Bréfritari: Benedikt Hálfdanarson
Dagsetning: A-1881-04-12
Skrifað á: Vesturheimi

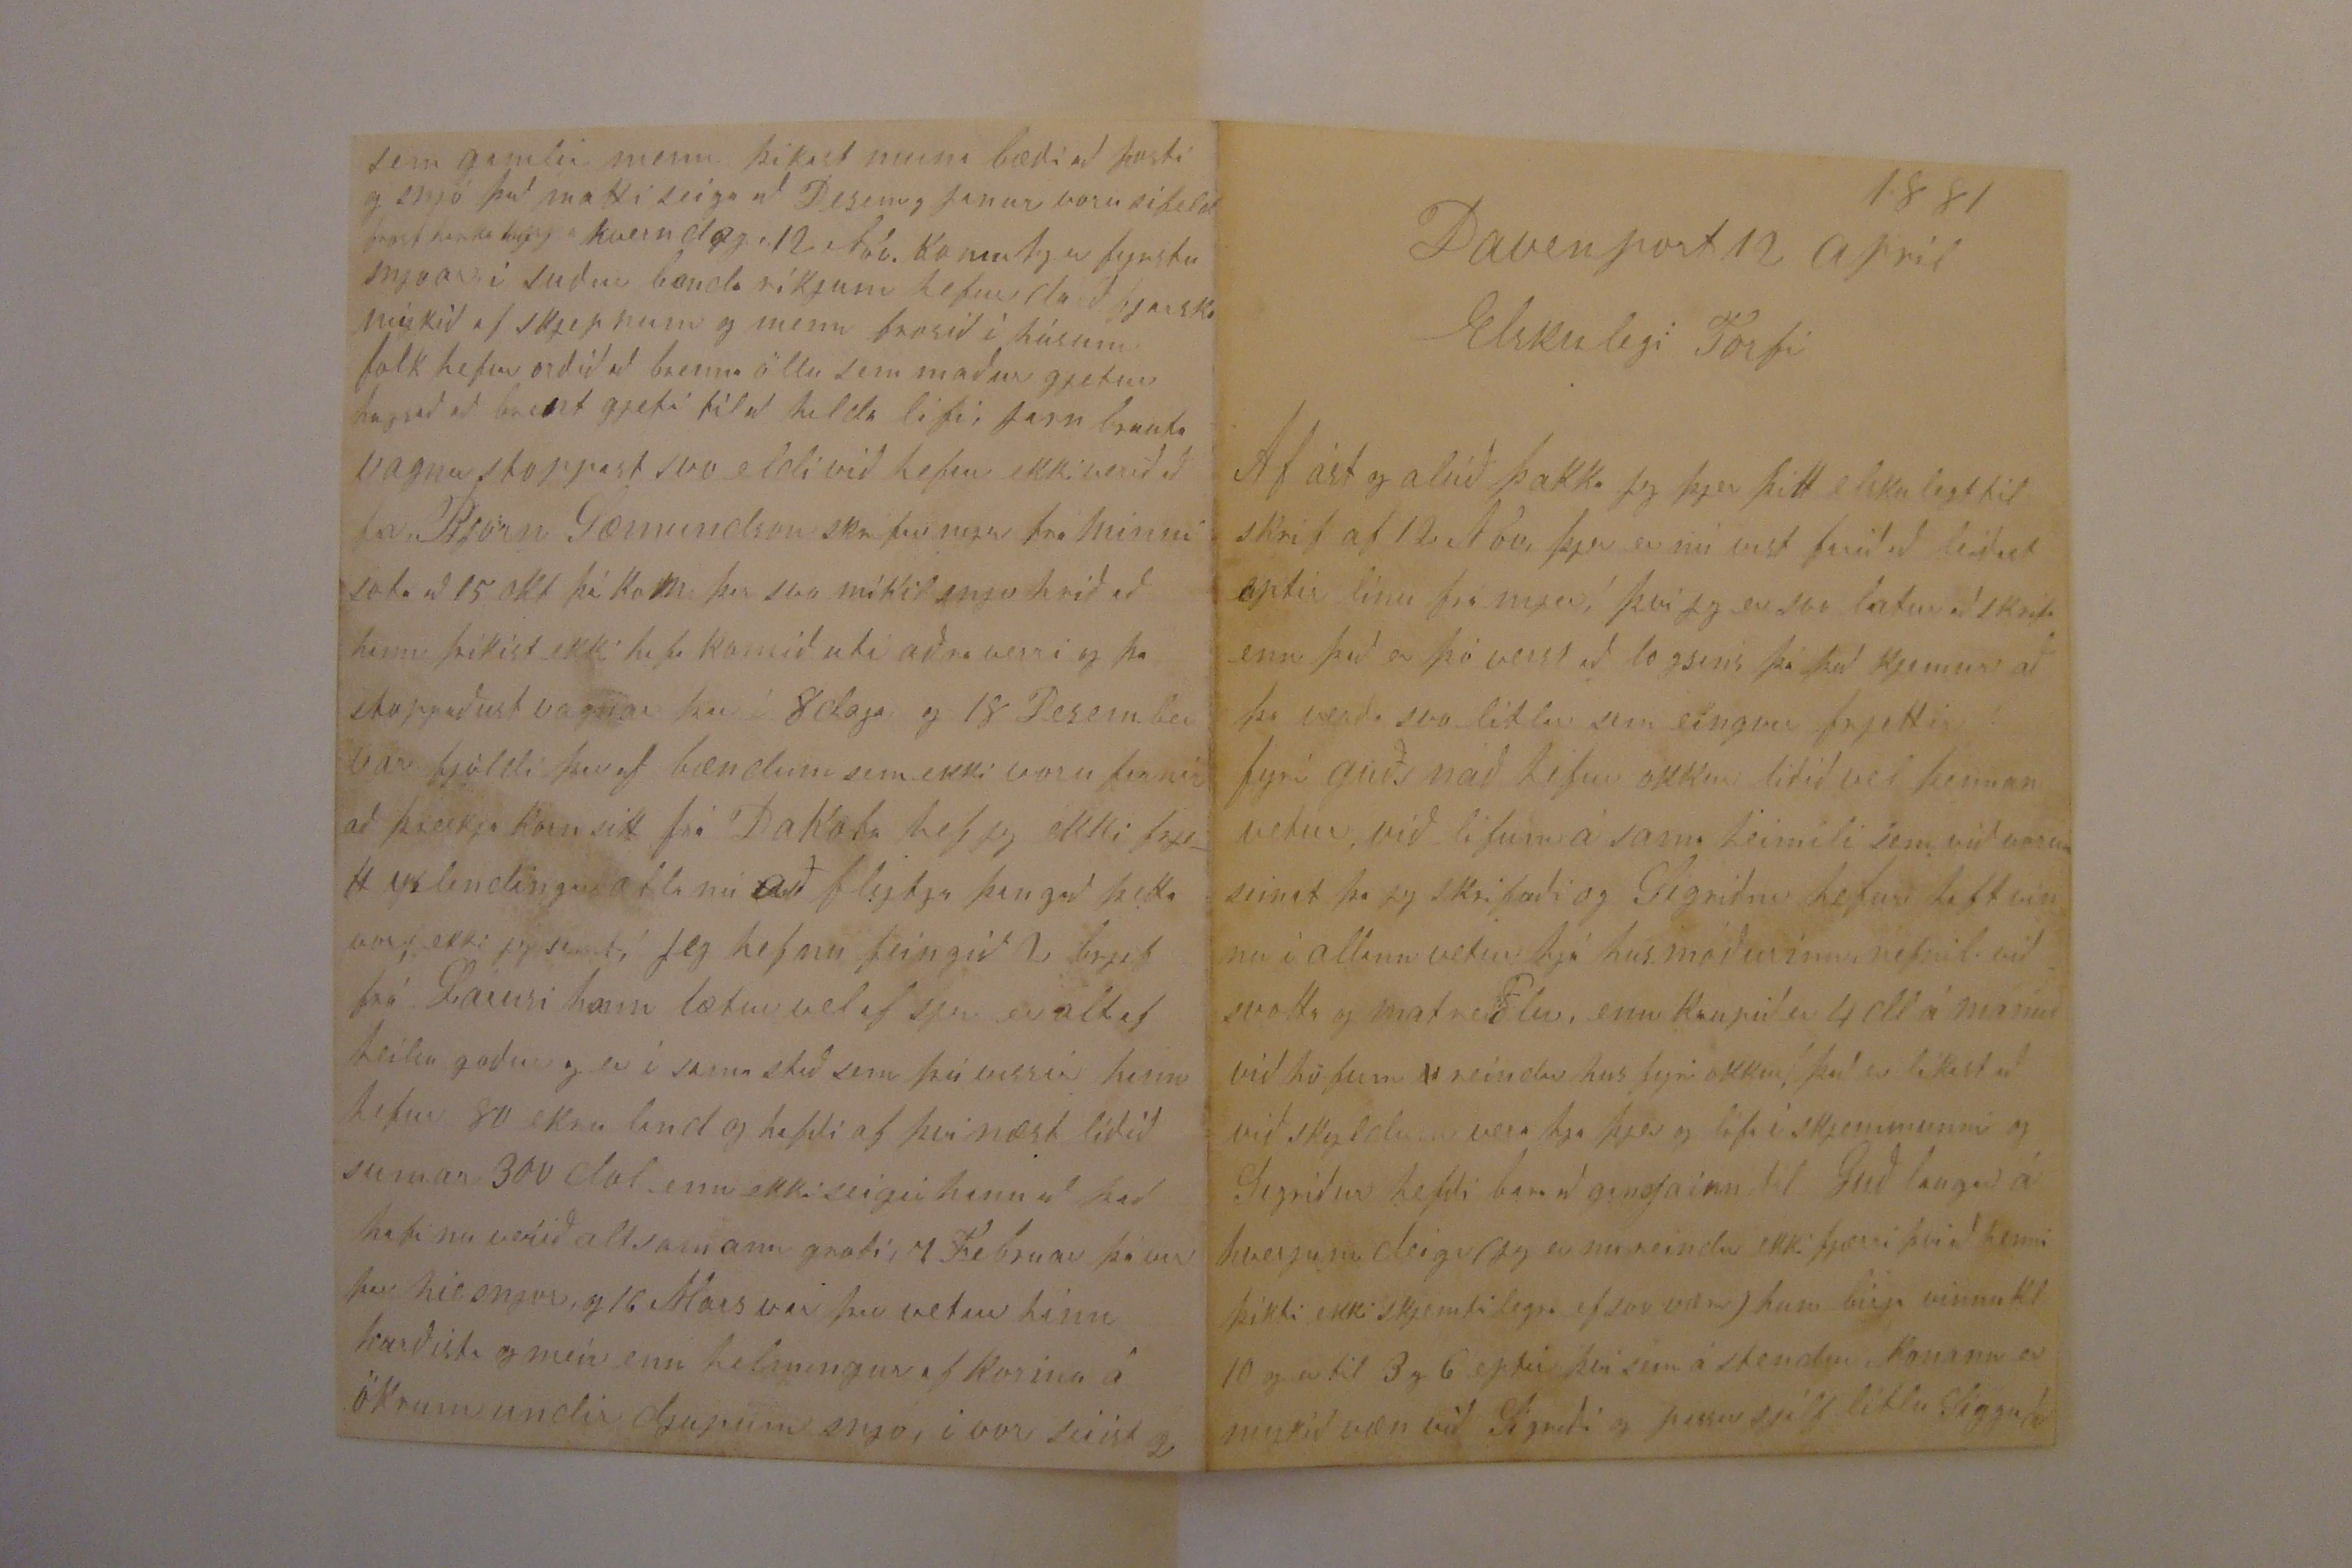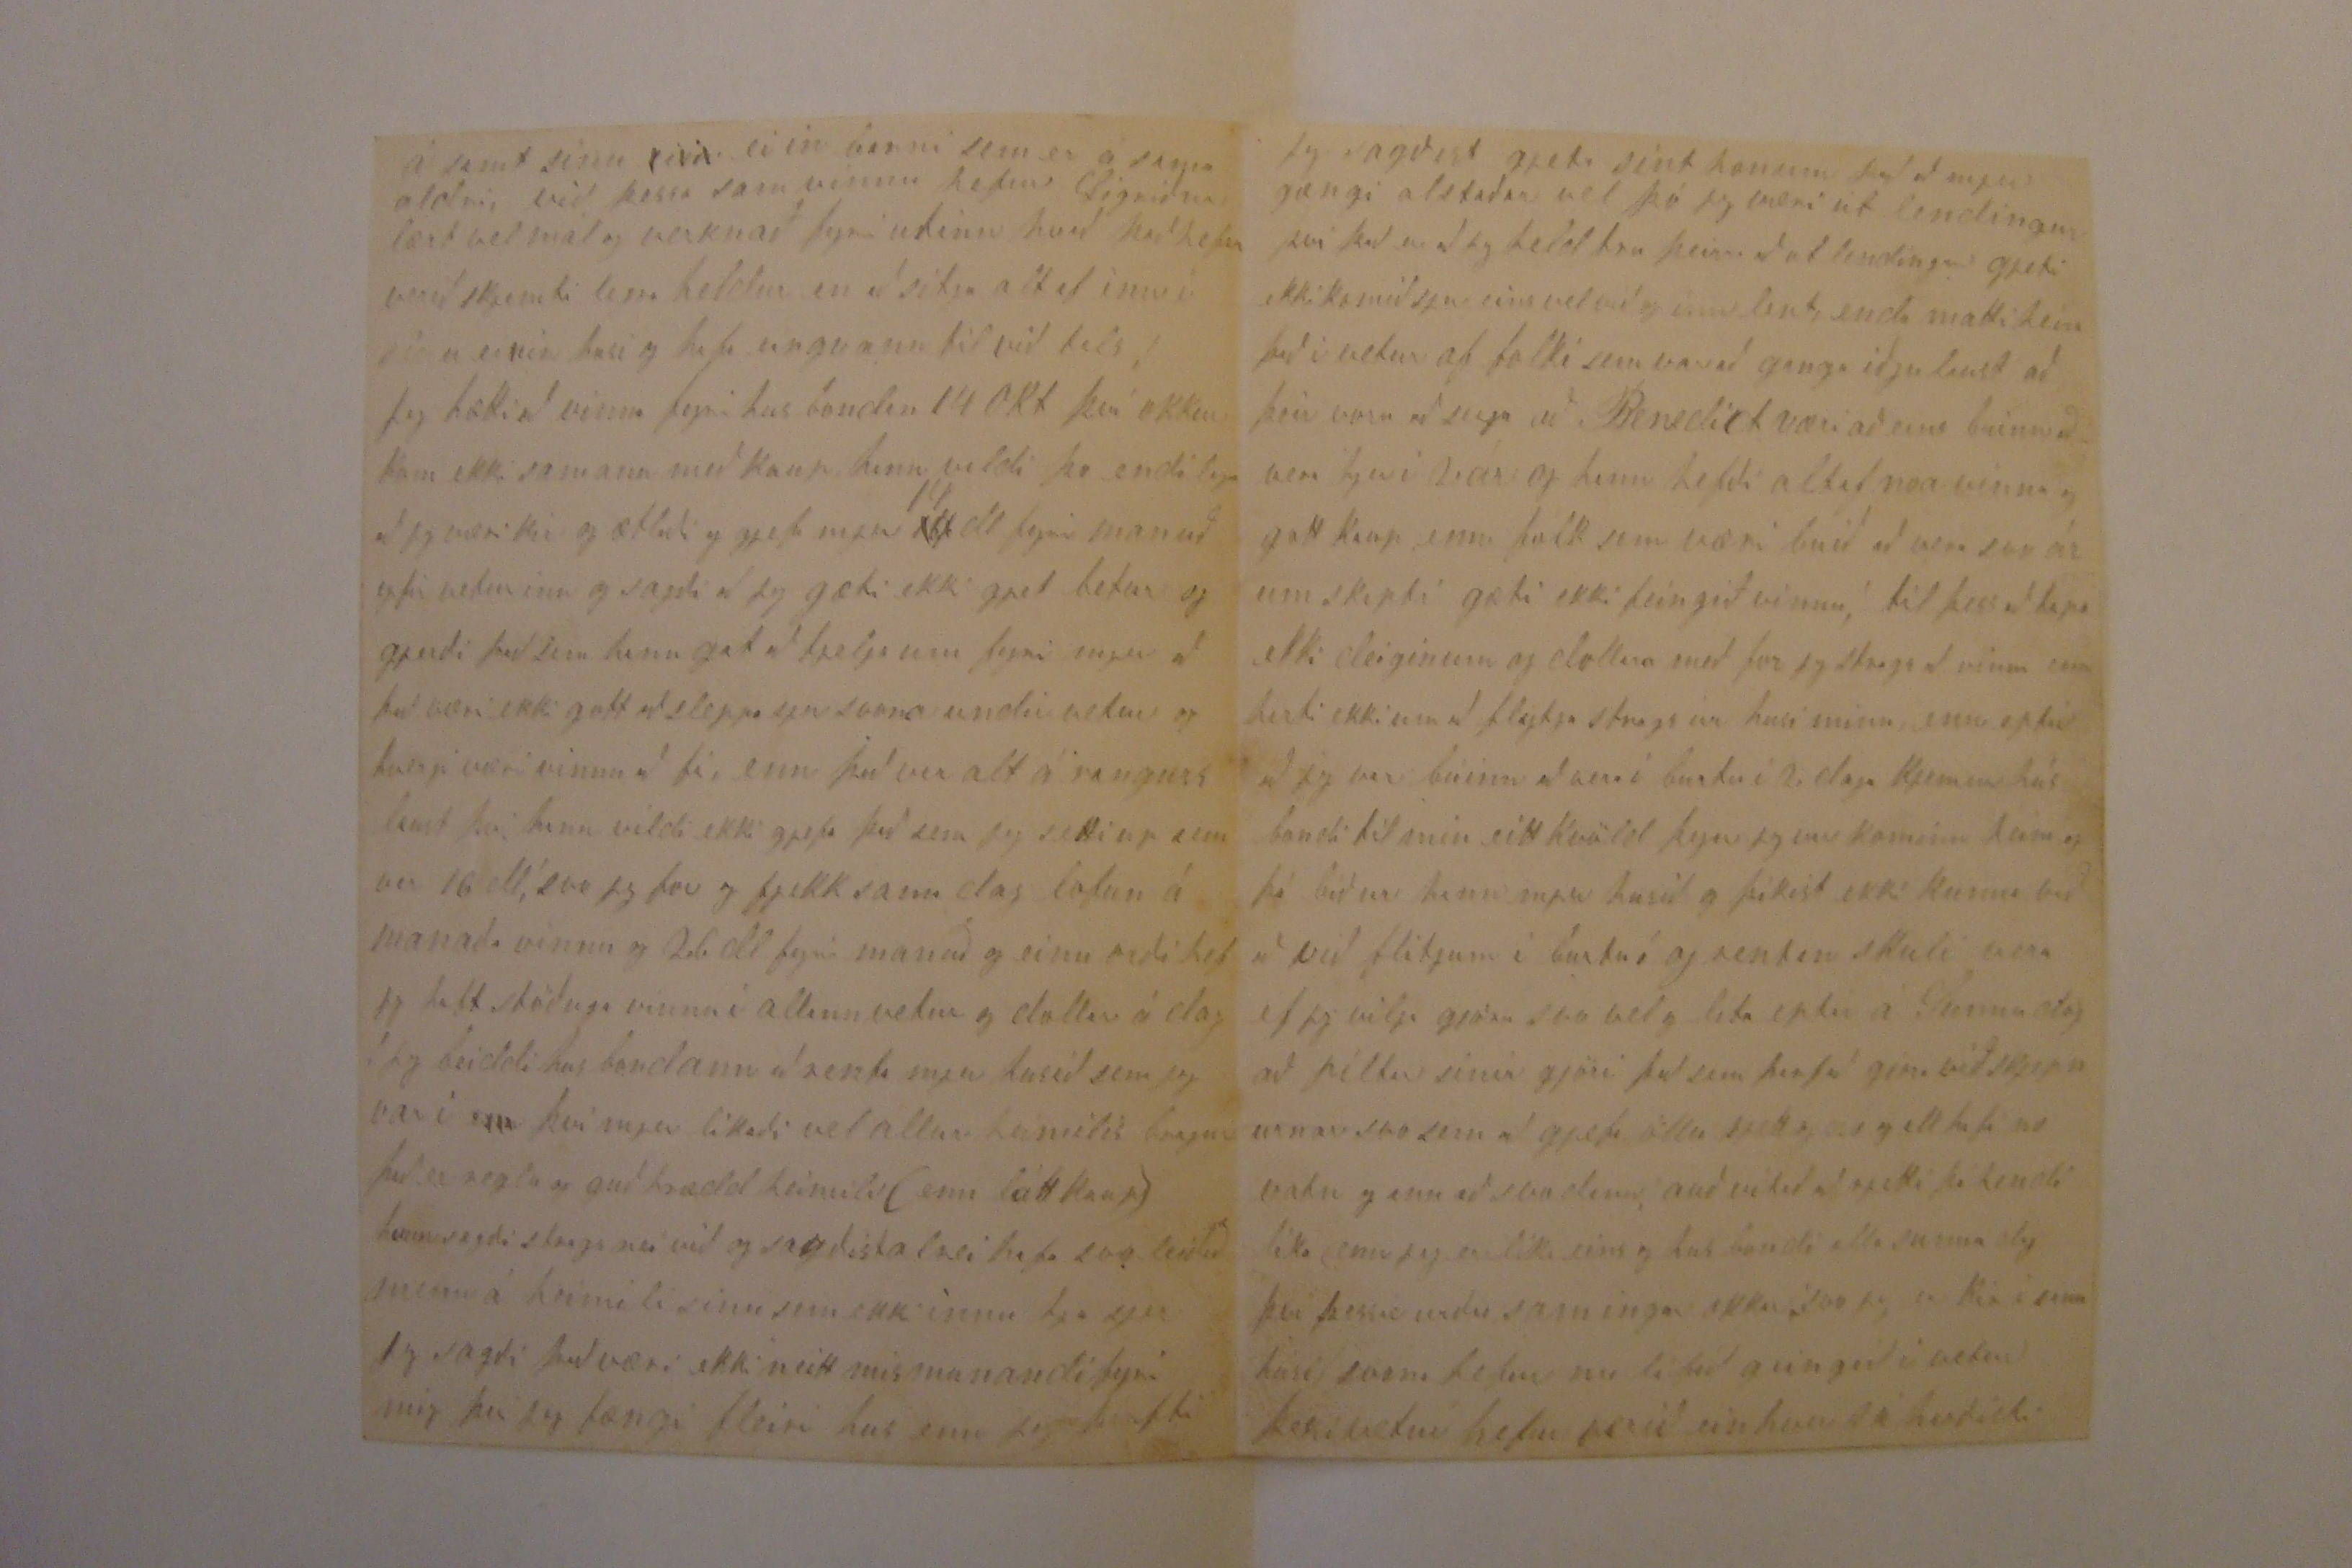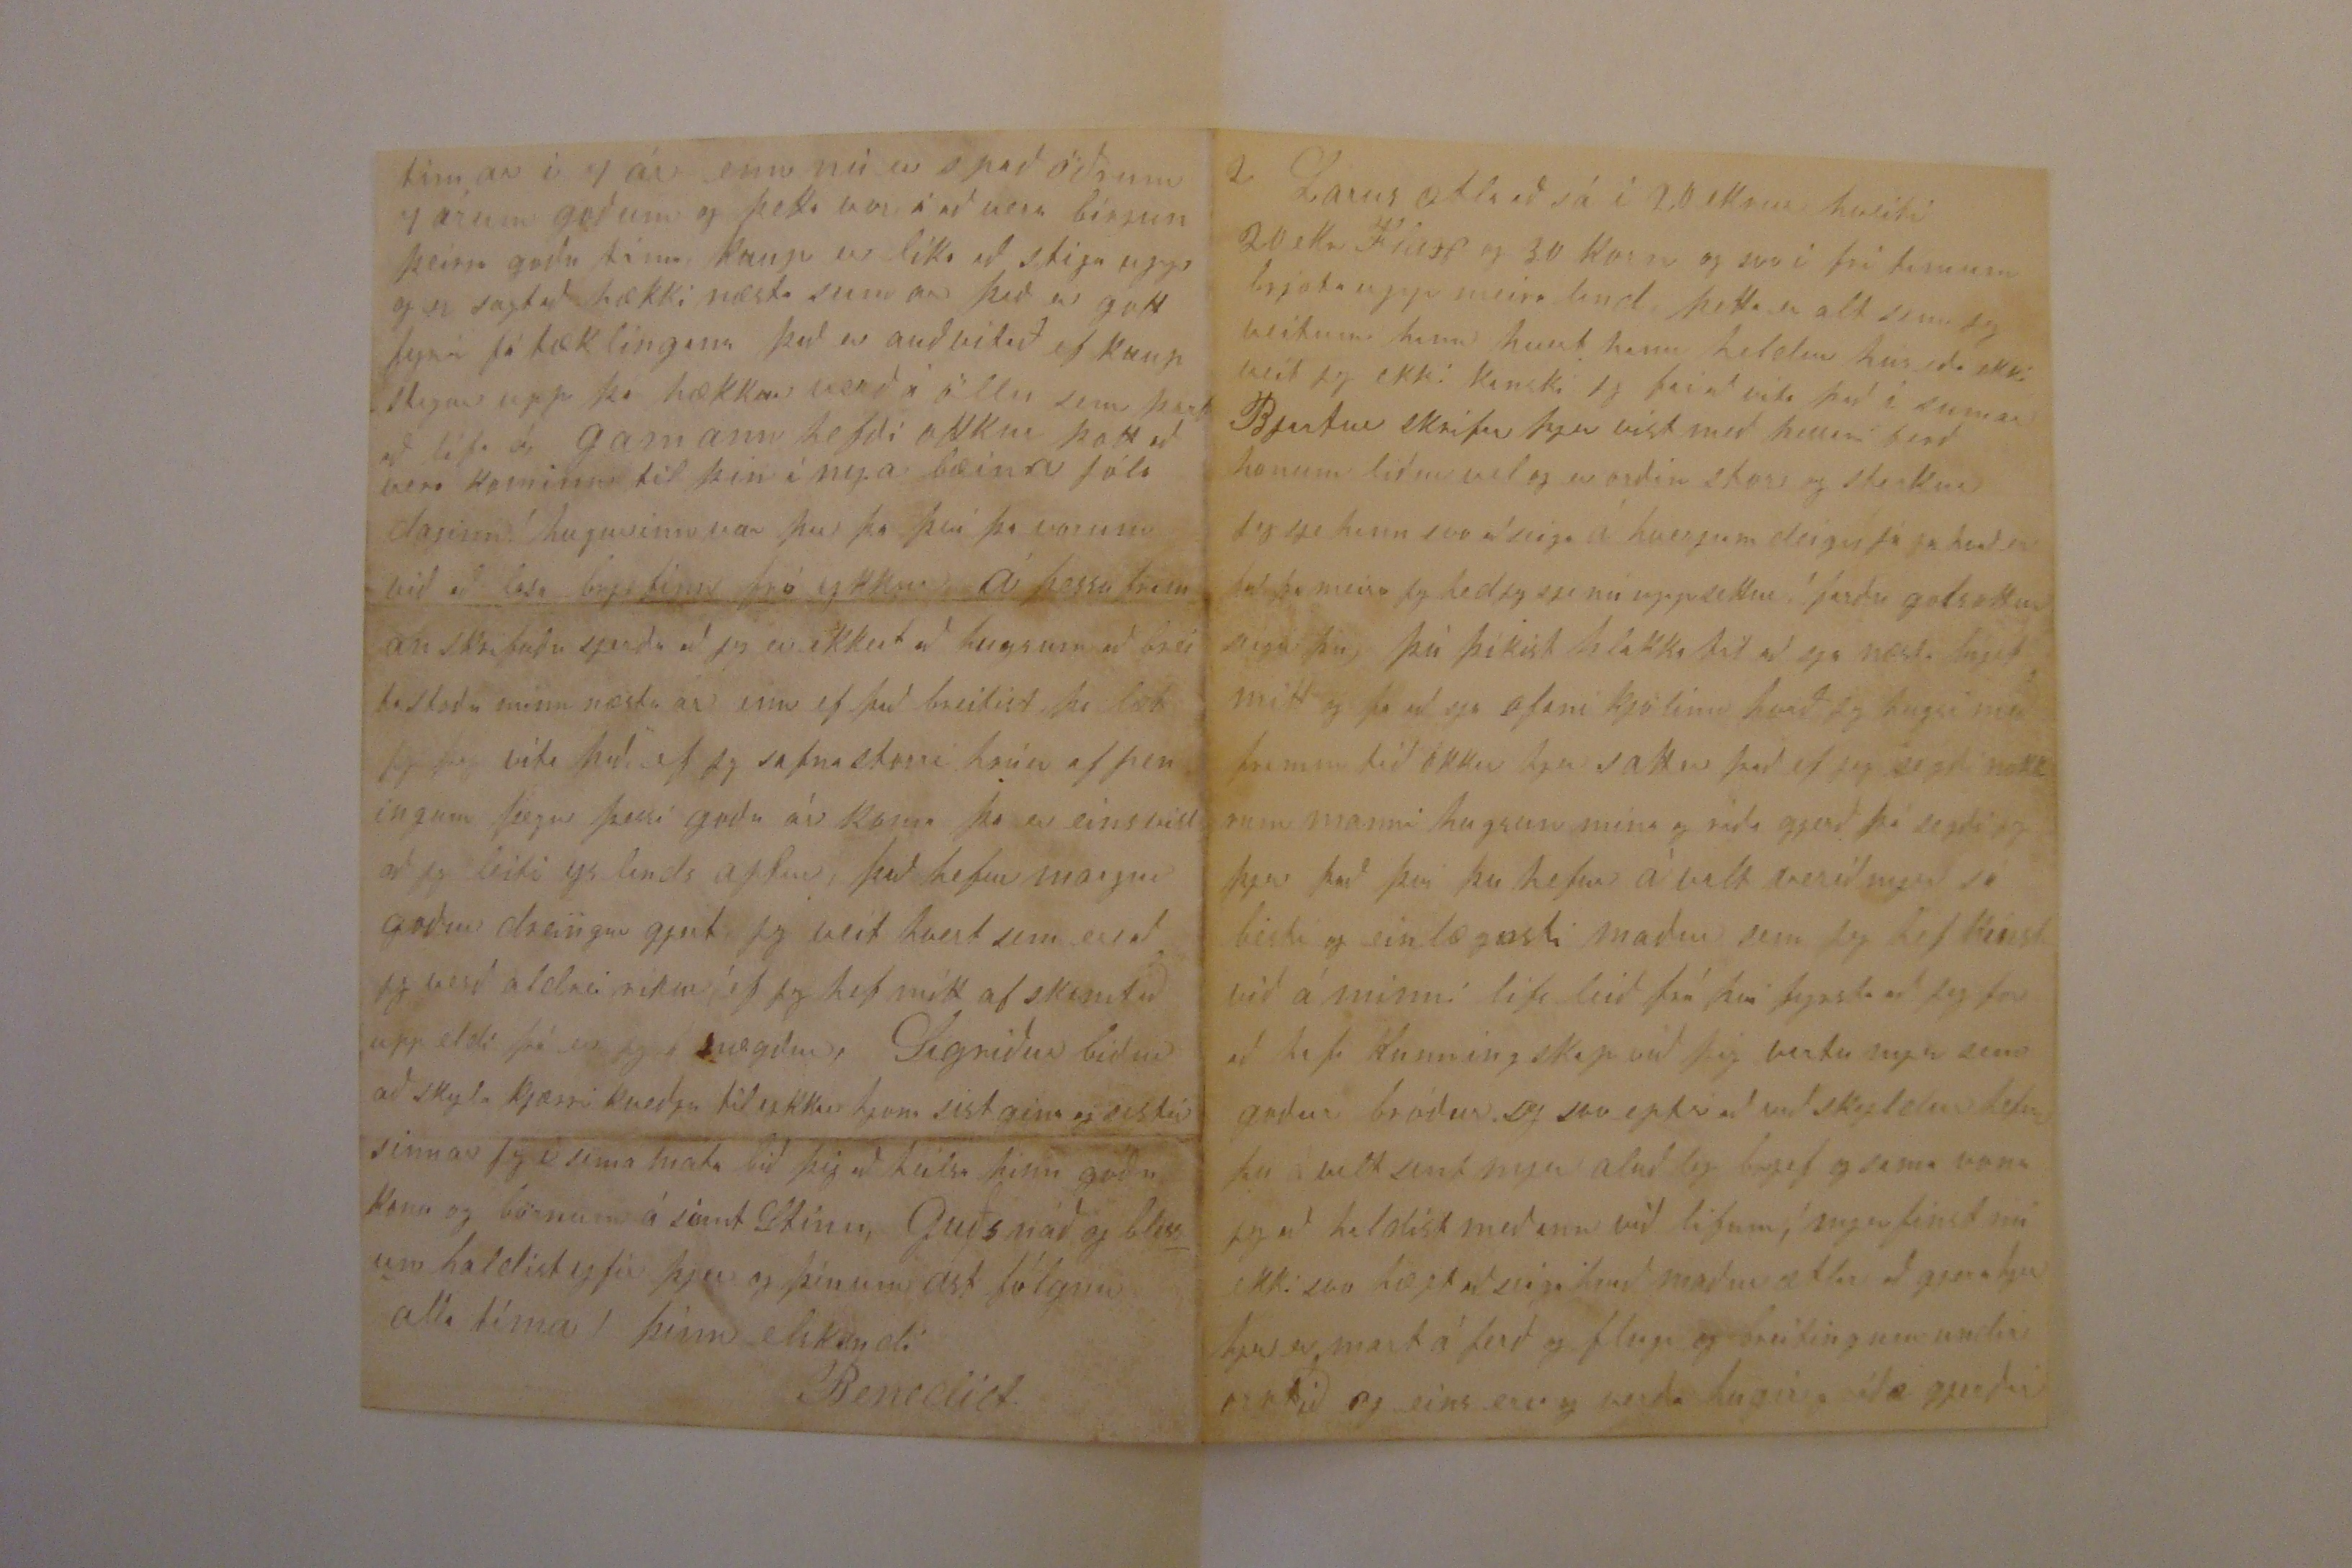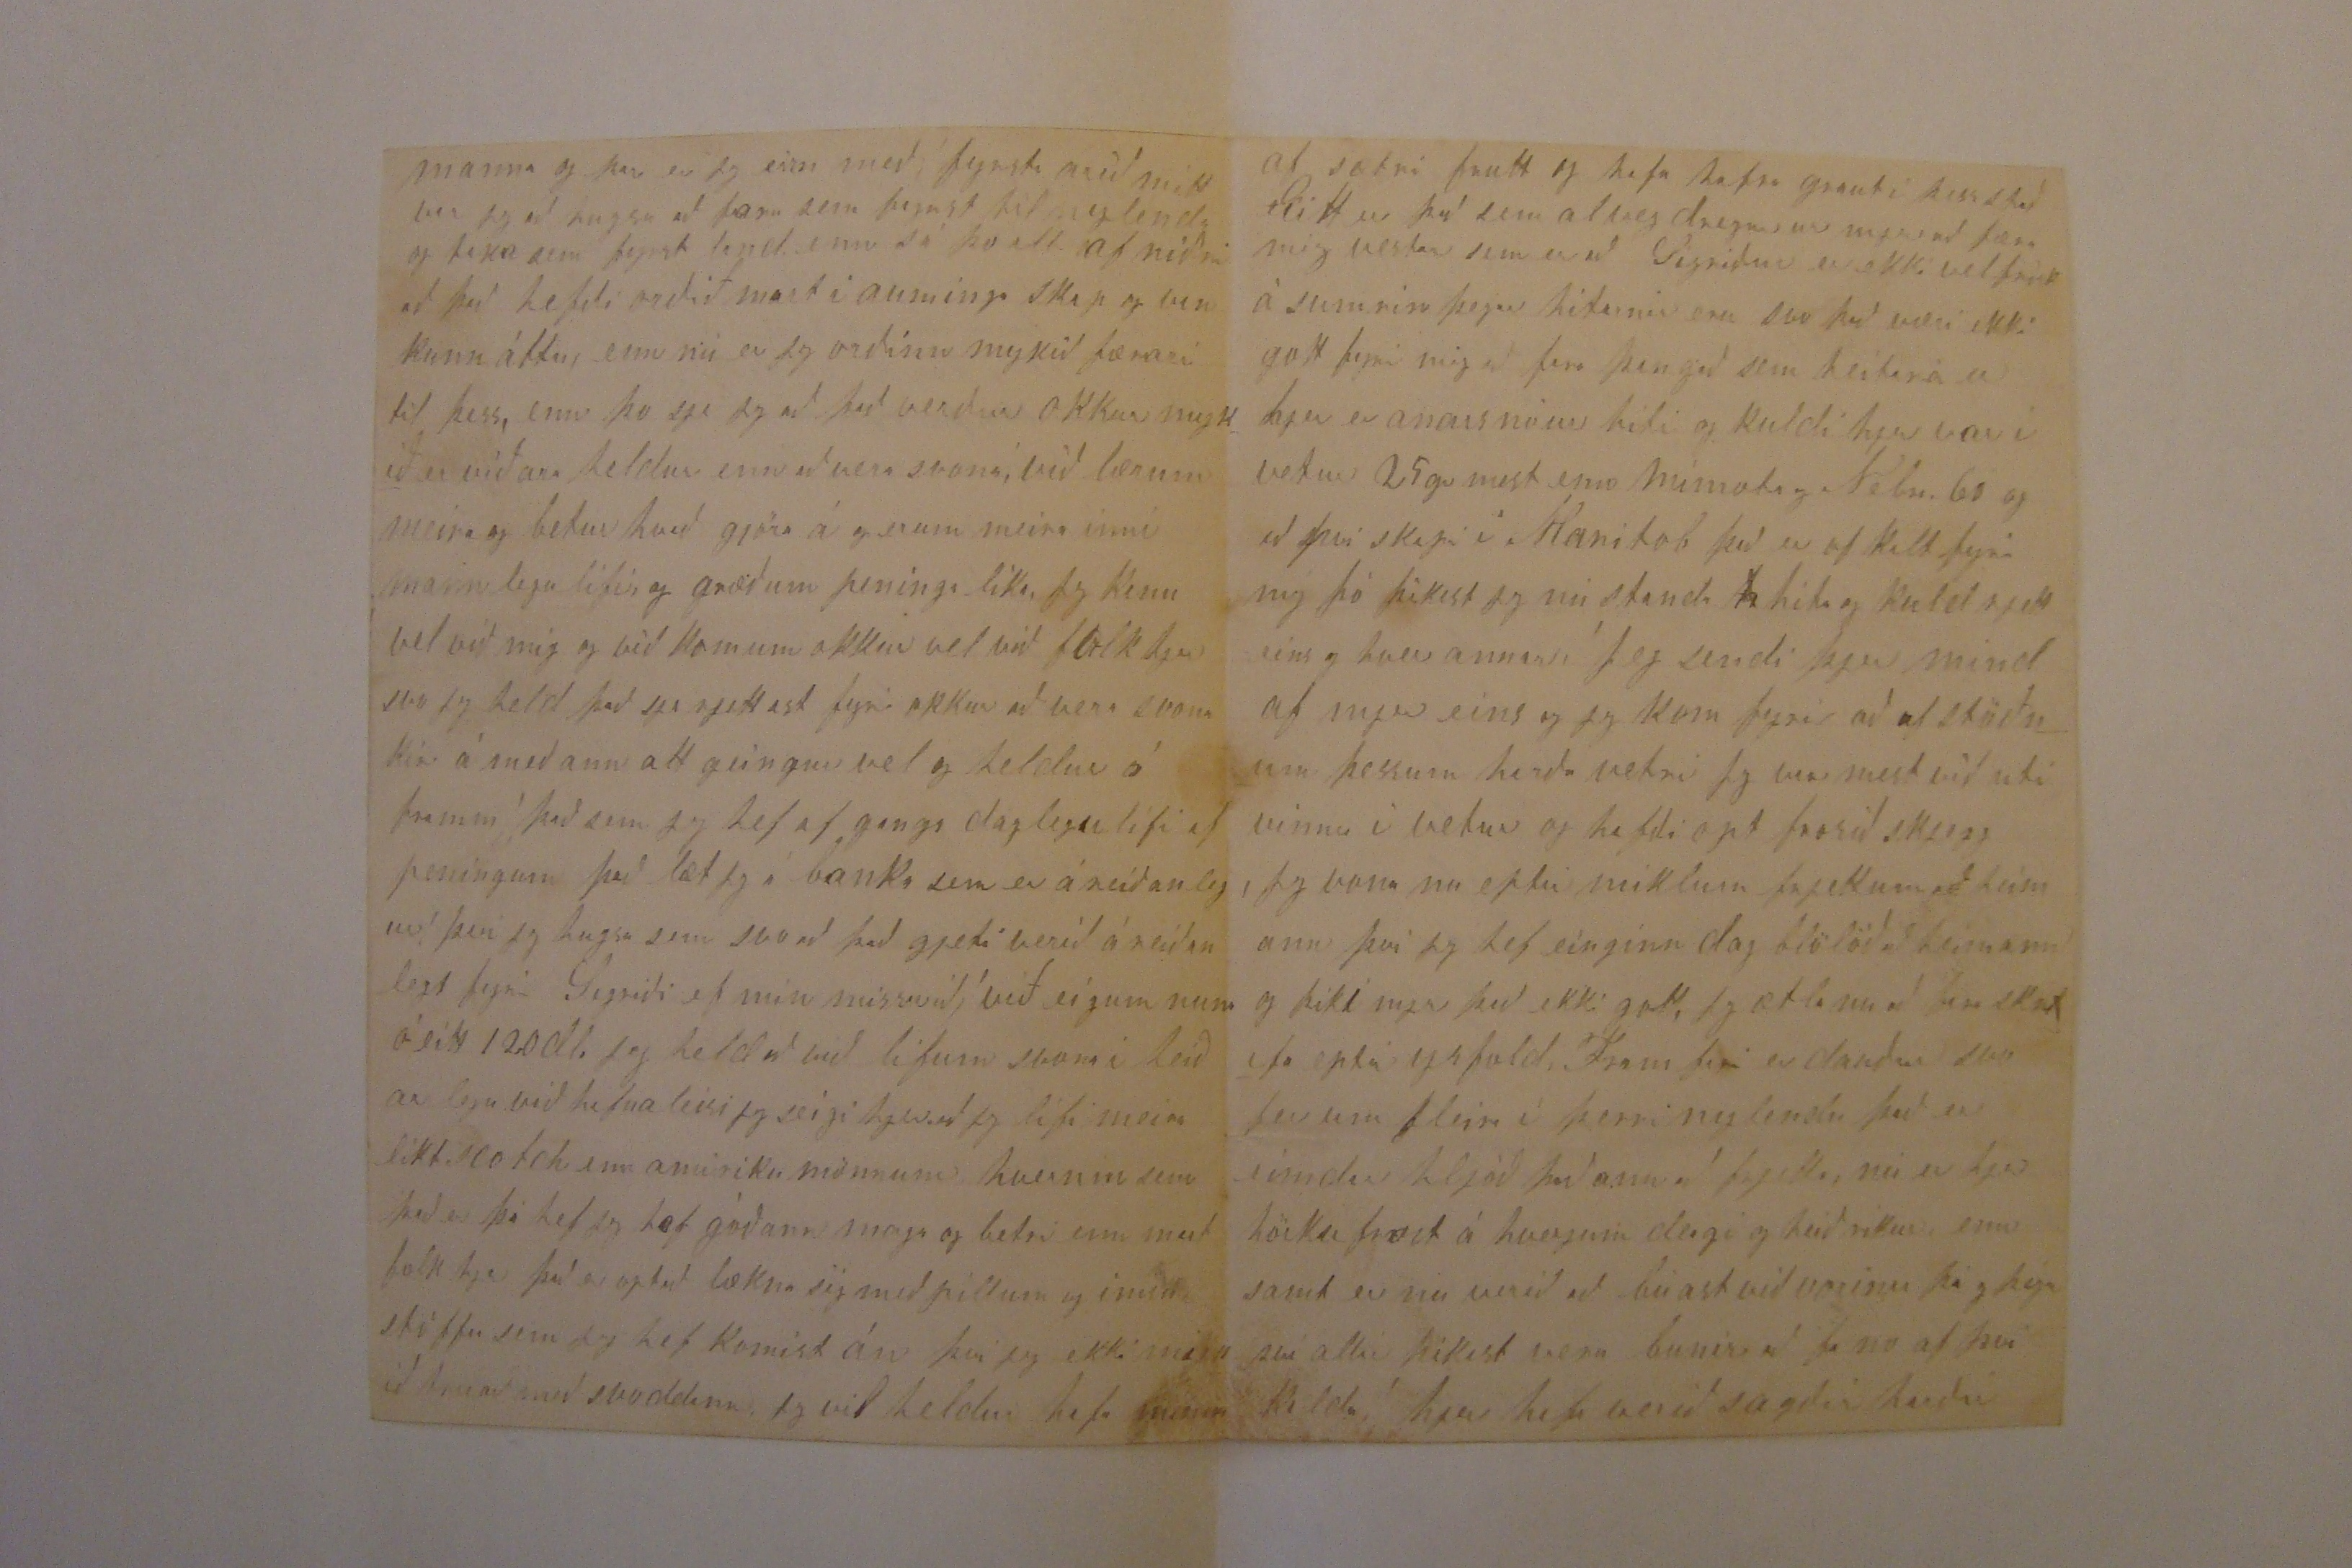

1881
Davenport 12 apríl
Elskulegi Torfi
Af ást og alúð þakka jeg þjer þitt elskulegt til skrif af 12 Nov. þjer er nú vist farið að leiðast eptir línu frá mjer, því jeg er svo latur að skrifa enn það er þó verst að logsins þá það kjemur að þa verða svo litlar sem eingvar frjettir fyrir guðs náð hefur okkur liðið vel þennan vetur, við lifum á sama heimili sem við vorum seinast þa jeg skrifaði og Sigríður hefur haft vinnu í allann vetur hja húsmóðurinni nefnil. við
svotta
og matreiðslu, enn kaupið er 4 dl á mánuð við höfum
0
reindar hus fyrir okkur, það er líkast að við skyldum vera hja þjer og lifa í skjemmunni og Sigríður hefði bara að ganga inn til Guðlaugar á hverjum deigi (jeg er nu reindar ekki fjærri því að henni þikti ekki skjemtilegra ef svo væri) hun birja vinnu kl 10 og er til 3 og 6 eptir því sem á stendur, konann er mykið væn við Sigríði og passar sjálf litlu Siggu á
á samt sínu
eiin
eiin barni sem er á sama aldri, við þessa samvinnu hefur Sigríður lært vel mál og verknað fyrir utann hvað það hefur verið skjemtilegra heldur en að sitja altaf inní sínu
einin
husi og hafa eingvann til við tals; Jeg hætti að vinna fyrir husbondan 14 Okt því okkur kom ekki samann með kaup, hann vildi þo endilega að jeg væri kir og ætlaði og gjefa mjer
14
16
dl fyrir manuð yfir veturinn og sagði að jeg gæti ekki
gjet
betur og gjerði það sem hann gat að tjelja um fyrir mjer að það væri ekki gott að sleppa sjer svona undir vetur og hvergi væri vinnu að fá, enn það var alt á rangurs laust því hann vildi ekki gjefa það sem jeg setti up sem var 16 dl, svo jeg for og fjekk sama dag lofun á manaða vinnu og 26 dl fyrir manuð og einu ordði hef jeg haft stöðuga vinnu í allann vetur og dollar á dag Jeg beiddi husbondann að renta mjer husið sem jeg var í
000
því mjer líkaði vel allur heimilis bragur það er reglu og guðhrædd heimili (enn látt kaup) hann sagði strags nei við og sagðist alrei hafa svo
leiðið
menn á heimili sínu sem ekki innu hja sjer jeg sagði það væri ekki neitt mismunandi fyrir mig því jeg fængi fleiri hus enn jeg þirfti
jeg sagðist gjeta sínt honum það að mjer gængi alstaðar vel þó jeg væri útlendingur því það er að jeg held tru þeirra að utlendingar gjeti ekki komið sjer eins vel við og innlent, enda matti heira það í vetur af folki sem var að ganga iðjulaust að þeir voru að seiga að Benedikt væri aðeins buinn að vera hjer í 2 ár og hann hefði altaf noa vinnu og gott kaup enn fólk sem væri buið að vera svo árum skipti gæti ekki feingið vinnu, til þess að tapa ekki deiginum og dollara með for jeg strags að vinna enn hirti ekki um að flytja strags úr husi mínu, enn eptir að jeg var búinn að vera í burtu í 2 daga kjemur hús bondi til mín eitt kvöld þegar jeg var kominn heim og þá bíður hann mjer husið og þikist ekki kunna við að við flitjum í burtu
á
og rentan skuli vera ef jeg vilji gjöra svo vel og líta eptir á Sunnudag að piltar sínir gjöri það sem þarf að gjöra við skjepnurnar svo sem að gjefa öllu rjett og nó og
alt
hafi no vatn og enn að
svodann
, auðvitað að rjetti þá hendi líka (enn jeg er líka eins og husbondi alla sunnudag því þessir verða samningar okkar, svo jeg er kir í sama husi, svona hefur nu lífið geingið í vetur þessi vetur hefur verið einhver sá harðasti
sem gamlir menn þikast muna bæði að frosti og snjó það mætti seiga að Desem og januar voru sifeld frost harka uppa hvern dag, 12 Nóv. komu hjer fyrstu snjoar í suður bandaríkjum hefur dáið fjarska mykið af skjepnum og menn frosið í húsum folk hefur orðið að brenna öllu sem maður gjetur hugsað að brent gjeti til að halda lífi, jarn brauta vagnar stoppast svo eldivið hefur ekki verið að fa Björn Sæmundson skrifar mjer frá minnisota að 15 okt þá kom þar svo mikil snjo hríð að hann þikist ekki hafa komið utí aðra verri og þa stoppuðust vagnar þar í 8 daga og 18 Desember var fjöldi þar af bændum sem ekki voru farnir að þreskja korn sitt frá Dakota hef jeg ekki frjett yslendingar ætla nú að flytja þangað þetta vor, ekki jeg samt; jeg hef nu feingið 2 brjef frá Lárusi hann lætur vel af sjer er altaf heilsu goður og er í sama stað sem þú vissir hann hefur 80 ekru land og hafði af því næst liðið sumar 300 dol. en ekki seigir hann að það hafi nu verið alt samann groði
7
Februar þá var þar hél njor og 16 Mars var þar vetur hinn harðasti og meir enn helmingur af
korinu
í ökrum undir djupum snjo, í vor seiist
Lárus ætla að sá í 20 ekrur hveiti 20 ekr 00000 og 30 korn og svo í frí tímum brjóta upp meira land, þetta er alt sem jeg veitum hann hvert hann heldur hús eða ekki veit jeg ekki kanski jeg fai að vita það í sumar Bjartur skrifar þjer víst með þessari ferð honum líður vel og er orðin stor og sterkur jeg sje hann svo að seiga á hverjum deigi já ja hvað er það þa meira jeg held jeg sje nú uppsettur, farður
godsattur
seigir þú, þú þikist hlakka til að sja næsta brjef mitt og þa að sja ofani kjölinn hvað jeg hugsi með frammtíð okkar hjer satt er það ef jeg segði nokkrum manni hugsun mína og ráða gjerð þá segði jeg þjer það því þu hefur ávalt verið mjer sá besti og einlægasti maður sem jeg hef kinst við á minni lífs leið frá því fyrsta að jeg for að hafa kunningskap við þig vartu mjer sem goður bróður og svo eptir að við skyldur hefur þu ávalt sent mjer aluðleg brjef og sama vona jeg að haldist meðann við lifum, mjer finst nú ekki svo hægt að seiga hvað maður ætlar að gjera hjer hjer er mart á ferð og flugi og breitingum undir orpið og eins eru og verða hugir og ráða gjerðir
manna og þar er jeg
eirn
með, fyrsta arið mitt var jeg að hugsa að fara sem fyrst til nylendu og taka sem fyrst land, enn sá þo alt af niðri að það hefði orðið mart í auminga skap og van kunnáttu, enn nú er jeg orðinn mykið færari til þess, enn þo sje jeg að það verður okkur mykið erviðara heldur enn að vera svona, við lærum meira og betur hvað gjöra á og erum meira inní mannlegu lífi, og græðum peninga líka, jeg kann vel við mig og við komum okkur vel við folk hjer svo jeg held það sje rjettast fyrir okkur að vera svona kir á meðann alt geingur vel og heldur á framm, það sem jeg hef af gangs daglegu lífi af peningum það læt jeg á banka sem er áreiðanlegur, því jeg hugsa sem svo að það gjeti verið áreiðanlegt fyrir Sigríði ef mín missi við; við eigum nuna óeitt 120 dl. jeg held að við lifum svona í í heiðarlegu við hafnaleisi jeg seigi hjer að jeg lifi meira líkt scotch en amiriku mönnum hvernin sem sem það er þá hef jeg
hef
góðann
maga
og betri enn mart folk hjer það er opt að lækna sig með pillum og ímsu
stöffu
sem jeg hef komist án því jeg ekki mykið tru að með svoddann jeg vil heldur hafa minna
af sætri frutt og hafa hafra graut í þess stað Eitt er það sem alveg dregur ur mjer að færa mig vestar sem er að Sigríður er ekki vel frísk á sumrin þegar hitarnir eru svo það væri ekki gott fyrir mig að fara þangað sem heitara er hjer er anars nóur hiti og kuldi hjer var í vetur 25 gr mest enn minnota og Nebr. 60 og af því skapi í Manitob það er of kalt fyrir mig þó þikist jeg nú standa
h
hita og kuld rjett eins og hver annar, jeg sendi þjer mind af mjer eins og jeg fyrir að af stöðnum þessum harða vetri jeg var mest við uti vinnu í vetur og hafði opt frosið skjegg jeg vona nu eptir miklum frjettum að heimann því jeg hef einginn dag
blölöð
að heimann og þiki mjer það ekki gott, jeg ætla nu að fara skrifa eptir ysfold, Fram fari er dauður svo fer um fleira í þerri nylendu það er eimdar hljoð þaðann að frjetta, nú er hjer hörkufrost á hverjum deigi og heiðríkur, enn samt er nu verið að búast við vorinu þá og þegar
sví
allir þikast vera bunir að fa no af því kalda; hjer hafa verið sagðir harðir
rímar í 7 ár enn nú er spað öðrum 7 árum goðum og þetta vor á að vera birjun þeirra goðu tíma, kaup er líka að stíga upp og er sagt að hækki næsta sumar það er gott fyrir fátæklingana það er auðvitað ef kaup stigur upp þá hækkar verð á öllu sem þarf að lifa á, gamann hefði okkur þott að vera kominn til þín í nya bæinn jóla daginn; hugurinn var þar þa því þa vorum við að lesa brjefinn frá ykkur á þessu framan skrifuðu sjerðu að jeg er ekkert að hugsum að breita stoðu minn næsta ár enn ef það breitist þa læt jeg þig vita það, ef jeg safna storri hrúu af peningum þegar þessi goðu ár koma þa er eins víst að jeg leiti yslands aptur, það hefur margur goður dreingur gjert, jeg veit hvert sem er að jeg verð aldrei ríkur ef jeg hef mitt af skamtað uppeldi þá er jeg á nægður, Sigríður biður að skyla kjærri kveðju til ykkar hjona sistgina og sistir sinnar jeg í sama mata bið þig að heilsa þinni goðu konu og börnum ásamt Stínu, Guðs náð og blessun haldist yfir þjer og þínum ast fólgnu
alla tíma þinn elskandi
Benedikt